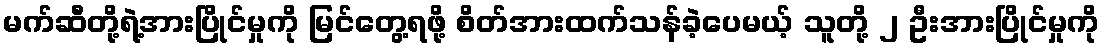
မက်ဆီတို့ရဲ့အားပြိုင်မှုကို မြင်တွေ့ရဖို့ စိတ်အားထက်သန်ခဲ့ပေမယ့် သူတို့ ၂ ဦးအားပြိုင်မှုကို